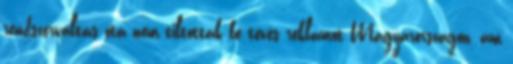
rendszerváltás óta nem tiltottak be tévés reklámot Magyarországon, ám